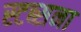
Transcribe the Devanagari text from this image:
स्टब्सना